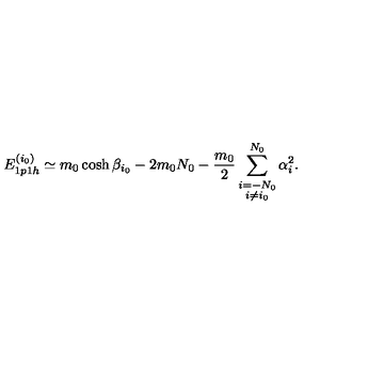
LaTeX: E _ { 1 p 1 h } ^ { ( i _ { 0 } ) } \simeq m _ { 0 } \cosh \beta _ { i _ { 0 } } - 2 m _ { 0 } N _ { 0 } - \frac { m _ { 0 } } { 2 } \sum _ { \stackrel { \scriptstyle i = - N _ { 0 } } { i \not = i _ { 0 } } } ^ { N _ { 0 } } \alpha _ { i } ^ { 2 } .